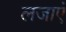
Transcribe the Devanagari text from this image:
लजाएं